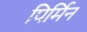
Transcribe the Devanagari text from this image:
पिर्मिन